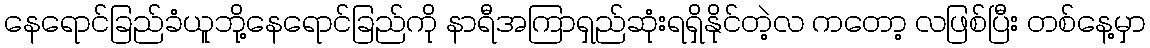
နေရောင်ခြည်ခံယူဘို့နေရောင်ခြည်ကို နာရီအကြာရှည်ဆုံးရရှိနိုင်တဲ့လ ကတော့ လဖြစ်ပြီး တစ်နေ့မှာ